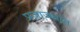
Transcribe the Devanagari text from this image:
प्रजाजनांत